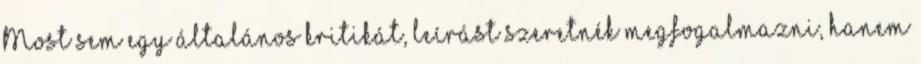
Most sem egy általános kritikát, leírást szeretnék megfogalmazni, hanem